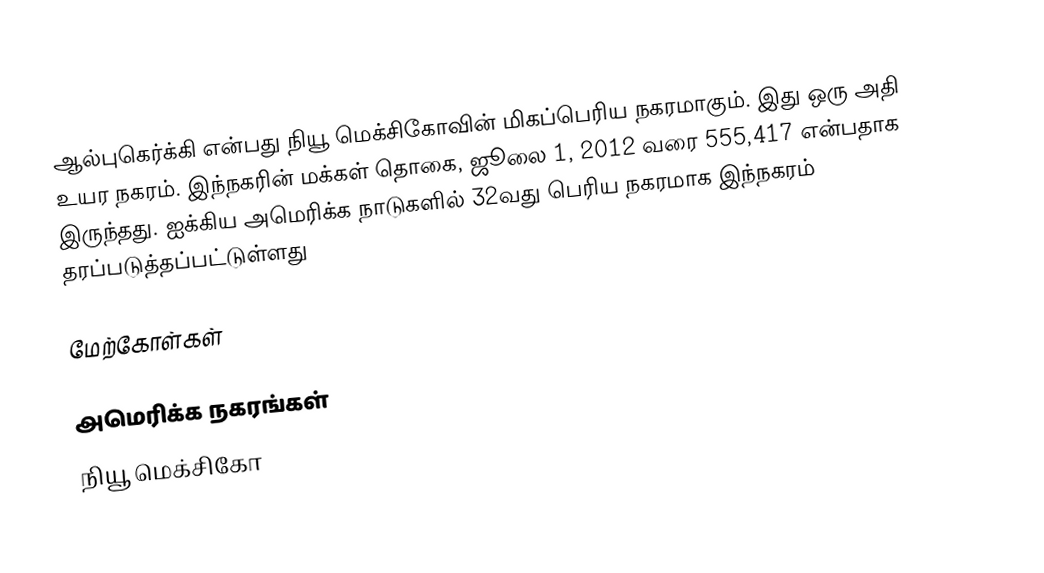
ஆல்புகெர்க்கி என்பது நியூ மெக்சிகோவின் மிகப்பெரிய நகரமாகும். இது ஒரு அதி உயர நகரம். இந்நகரின் மக்கள் தொகை, ஜூலை 1, 2012 வரை 555,417 என்பதாக இருந்தது. ஐக்கிய அமெரிக்க நாடுகளில் 32வது பெரிய நகரமாக இந்நகரம் தரப்படுத்தப்பட்டுள்ளது

மேற்கோள்கள்

அமெரிக்க நகரங்கள்
நியூ மெக்சிகோ